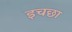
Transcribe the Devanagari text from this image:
इचछा